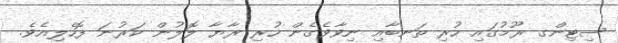
ސިޓިންގ ރޫމުގައި ހުރި ތަނބާއި ނިވާވެގެން ހުރި ރާޔާ ލޮލުން ކަރުނަ ފޮހެލިއެވެ.